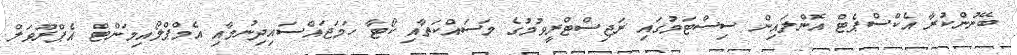
ބޭނުންކުރާ އެކްސްޕެޓް އޮންލައިން ސިސްޓަމުގައި ރަޖިސްޓްރީވުމުގެ މަސައްކަތާއި ކޯޓާ ހަމަޖައްސައިދިނުމާއި އެމްޕްލޯއިމަންޓް އެޕްރޫވަލް